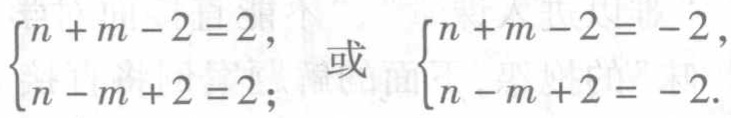
$\begin{cases}n + m - 2 = 2,\\n - m + 2 = 2;\end{cases}\ 或\ \begin{cases}n + m - 2 = - 2,\\n - m + 2 = - 2.\end{cases}$